Report of the Indian Hemp Drugs Commission, 1894-1895 - Volume IV
Year: 1894
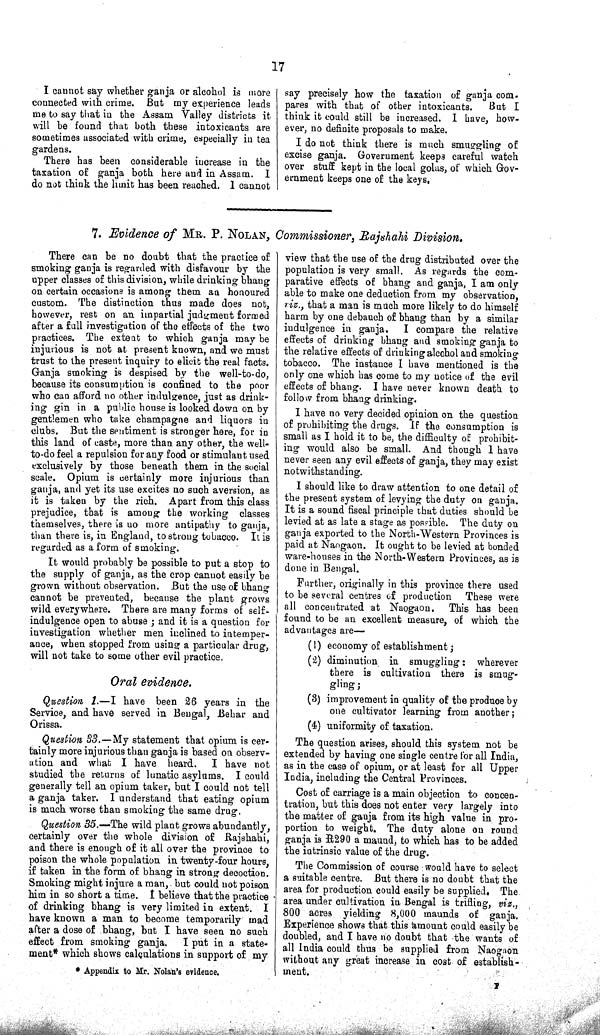
17
I cannot say whether ganja or alcohol is more
connected with crime. But my experience leads
me to say that in the Assam Valley districts it
will be found that both these intoxicants are
sometimes associated with crime, especially in tea
gardens.
There has been considerable increase in the
taxation of ganja both here and in Assam. I
do not think the limit has been reached. I cannot
say precisely how the taxation of ganja com-
pares with that of other intoxicants.
But I
think it could still be increased. I have, how-
ever, no definite proposals to make.
I do not think there is much smuggling of
excise ganja. Government keeps careful watch
over stuff kept in the local golas, of which Gov-
ernment keeps one of the keys.
7. Evidence of MR. P. NOLAN, Commissioner, Rajshahi Division.
There can be no doubt that the practice of
smoking ganja is regarded with disfavour by the
upper classes of this division, while drinking bhang
on certain occasions is among them an honoured
custom. The distinction thus made does not,
however, rest on an impartial judgment formed
after a full investigation of the effects of the two
practices. The extent to which ganja may be
injurious is not at present known, and we must
trust to the present inquiry to elicit the real facts.
Ganja smoking is despised by the well-to-do,
because its consumption is confined to the poor
who can afford no other indulgence, just as drink-
ing gin in a public house is looked down on by
gentlemen who take champagne and liquors in
clubs. But the sentiment is stronger here, for in
this land of caste, more than any other, the well-
to-do feel a repulsion for any food or stimulant used
exclusively by those beneath them in the social
scale. Opium is certainly more injurious than
ganja, and yet its use excites no such aversion, as
it is taken by the rich. Apart from this class
prejudice, that is among the working classes
themselves, there is no more antipathy to ganja,
than there is, in England, to strong tobacco. It is
regarded as a form of smoking.
It would probably be possible to put a stop to
the supply of ganja, as the crop cannot easily be
grown without observation. But the use of bhang
cannot be prevented, because the plant grows
wild everywhere. There are many forms of self-
indulgence open to abuse; and it is a question for
investigation whether men inclined to intemper-
ance, when stopped from using a particular drug,
will not take to some other evil practice.
Oral evidence.
Question 1.—I have been 26 years in the
Service, and have served in Bengal, Behar and
Orissa.
Question 33.—My statement that opium is cer-
tainly more injurious than ganja is based on observ-
ation and what I have heard.
I have not
studied the returns of lunatic asylums. I could
generally tell an opium taker, but I could not tell
a ganja taker. I understand that eating opium
is much worse than smoking the same drug.
Question 35.— The wild plant grows abundantly,
certainly over the whole division of Rajshahi,
and there is enough of it all over the province to
poison the whole population in twenty-four hours,
if taken in the form of bhang in strong decoction.
Smoking might injure a man, but could not poison
him in so short a time. I believe that the practice
of drinking bhang is very limited in extent. I
have known a man to become temporarily mad
after a dose of bhang, but I have seen no such
effect from smoking ganja.
I put in a state-
ment* which shows calculations in support of my
view that the use of the drug distributed over the
population is very small. As regards the com-
parative effects of bhang and ganja, I am only
able to make one deduction from my observation,
viz., that a man is much more likely to do himself
harm by one debauch of bhang than by a similar
indulgence in ganja.
I compare the relative
effects of drinking bhang and smoking ganja to
the relative effects of drinking alcohol and smoking
tobacco. The instance I have mentioned is the
only one which has come to my notice of the evil
effects of bhang. I have never known death to
follow from bhang drinking.
I have no very decided opinion on the question
of prohibiting the drugs. If the consumption is
small as I hold it to be, the difficulty of prohibit-
ing would also be small. And though I have
never seen any evil effects of ganja, they may exist
notwithstanding.
I should like to draw attention to one detail of
the present system of levying the duty on ganja.
It is a sound fiscal principle that duties should be
levied at as late a stage as possible. The duty on
ganja exported to the North-Western Provinces is
paid at Naogaon. It ought to be levied at bonded
ware-houses in the North-Western Provinces, as is
done in Bengal.
Further, originally in this province there used
to be several centres of production These were
all concentrated at Naogaon. This has been
found to be an excellent measure, of which the
advantages are—
(1) economy of establishment;
(2) diminution in smuggling: wherever
there is cultivation there is smug-
gling;
(3) improvement in quality of the produce by
one cultivator learning from another;
(4) uniformity of taxation.
The question arises, should this system not be
extended by having one single centre for all India,
as in the case of opium, or at least for all Upper
India, including the Central Provinces.
Cost of carriage is a main objection to concen-
tration, but this does not enter very largely into
the matter of ganja from its high value in pro-
portion to weight. The duty alone on round
ganja is R290 a maund, to which has to be added
the intrinsic value of the drug.
The Commission of course would have to select
a suitable centre. But there is no doubt that the
area for production could easily be supplied. The.
area under cultivation in Bengal is trifling, viz.,
800 acres yielding 8,000 maunds of ganja.
Experience shows that this amount could easily be
doubled, and I have no doubt that the wants of
all India could thus be supplied from Naogaon
without any great increase in cost of establish-
ment.
F
*Appendix to Mr. Nolan's evidence.